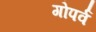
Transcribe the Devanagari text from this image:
गोपर्व